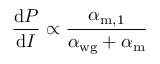
\frac { \mathrm { d } P } { \mathrm { d } I } \propto \frac { \alpha _ { \mathrm { m , 1 } } } { \alpha _ { \mathrm { w g } } + \alpha _ { \mathrm { m } } }